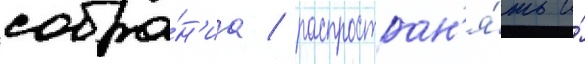
собра́н'иа / распростран'я́ть и́